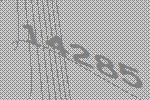
14285